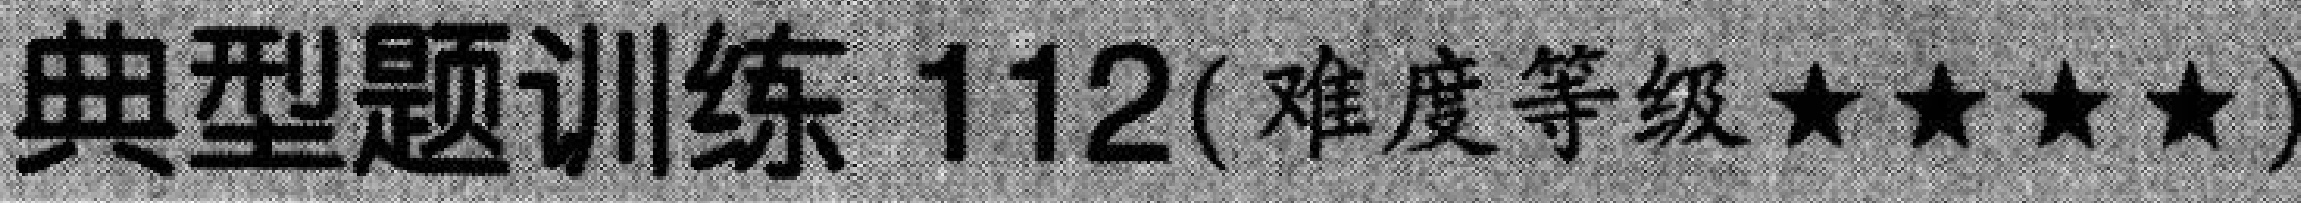
典型题训练 \(112(\)难度等级\(★★★★)\)